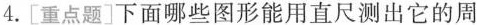
4.[重点题]下面哪些图形能用直尺测出它的周